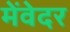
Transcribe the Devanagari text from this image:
मेंवेदर